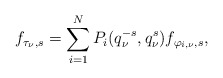
\begin{align*}f_{\tau_\nu,s}=\sum_{i=1}^{N}P_i(q_\nu^{-s}, q_\nu^s)f_{\varphi_{i,\nu},s},\end{align*}